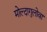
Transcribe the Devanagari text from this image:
मोल्दागुलोवा